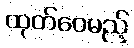
ထုတ်ဝေမည့်